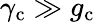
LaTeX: \gamma_{\mathrm{c}}\gg g_{\mathrm{c}}